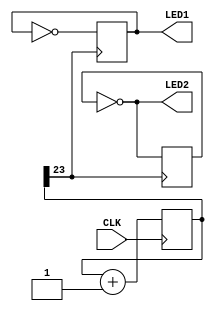
module top(
	CLK,
	LED1,
	LED2
);

input CLK; //input 100Mhz clock
output LED1;
output LED2;

reg [23:0] clk_div; // 24 bit counter
reg LED1_register;
reg LED2_register;
wire led_clock; //signal with approx 0.6Hz clock: 100000000/(2^24)

assign LED1 = LED1_register;
assign LED2 = ~LED2_register;
assign led_clock = clk_div[23];

always @ (posedge CLK) begin
	clk_div <= clk_div + 24'b1;
end

always @ (posedge led_clock) begin
	LED1_register = ~LED1_register;
	LED2_register = ~LED2_register;
end

endmodule